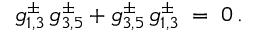
g _ { 1 , 3 } ^ { \pm } \, g _ { 3 , 5 } ^ { \pm } + g _ { 3 , 5 } ^ { \pm } \, g _ { 1 , 3 } ^ { \pm } \; = \; 0 \, .